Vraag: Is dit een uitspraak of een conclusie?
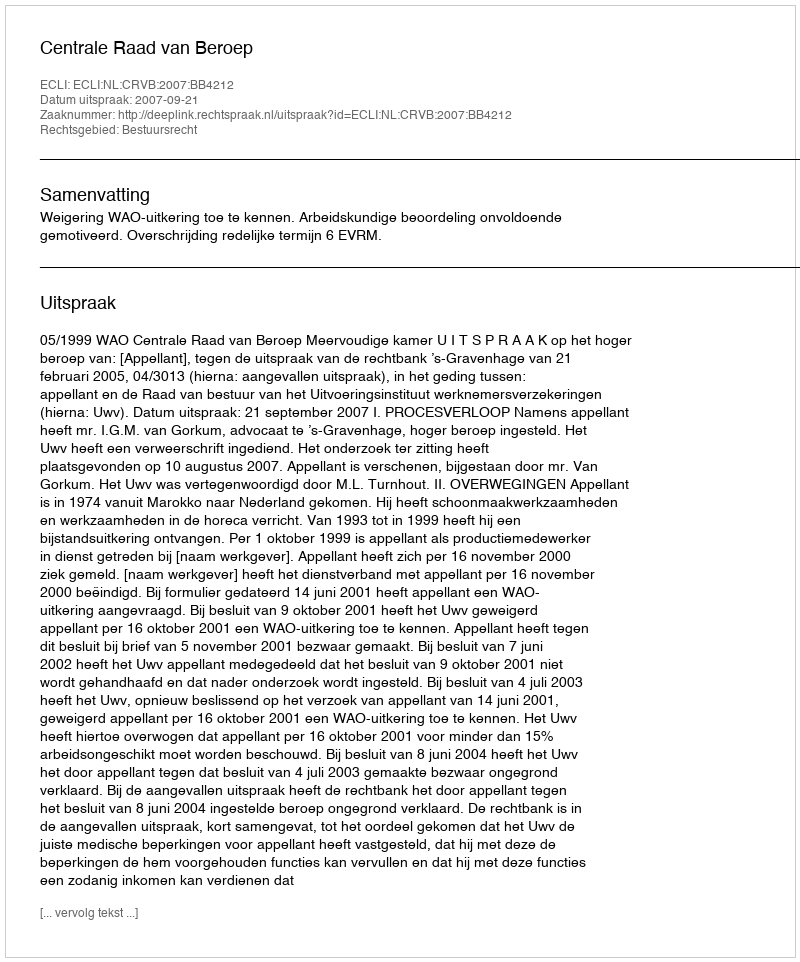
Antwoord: Uitspraak